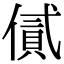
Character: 㒃